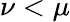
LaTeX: \nu<\mu